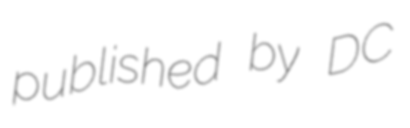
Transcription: published by DC